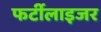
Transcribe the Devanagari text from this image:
फर्टीलाइजर